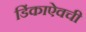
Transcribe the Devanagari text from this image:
डिंकाऐवची